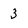
Character: 3